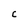
Character: c